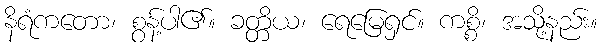
နိရံကတော၊ စွန့်ပါ၏။ ခတ္တိယ၊ ရေမြေရှင်။ ကစ္စိ၊ အသို့နည်း။